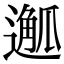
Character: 𨖣